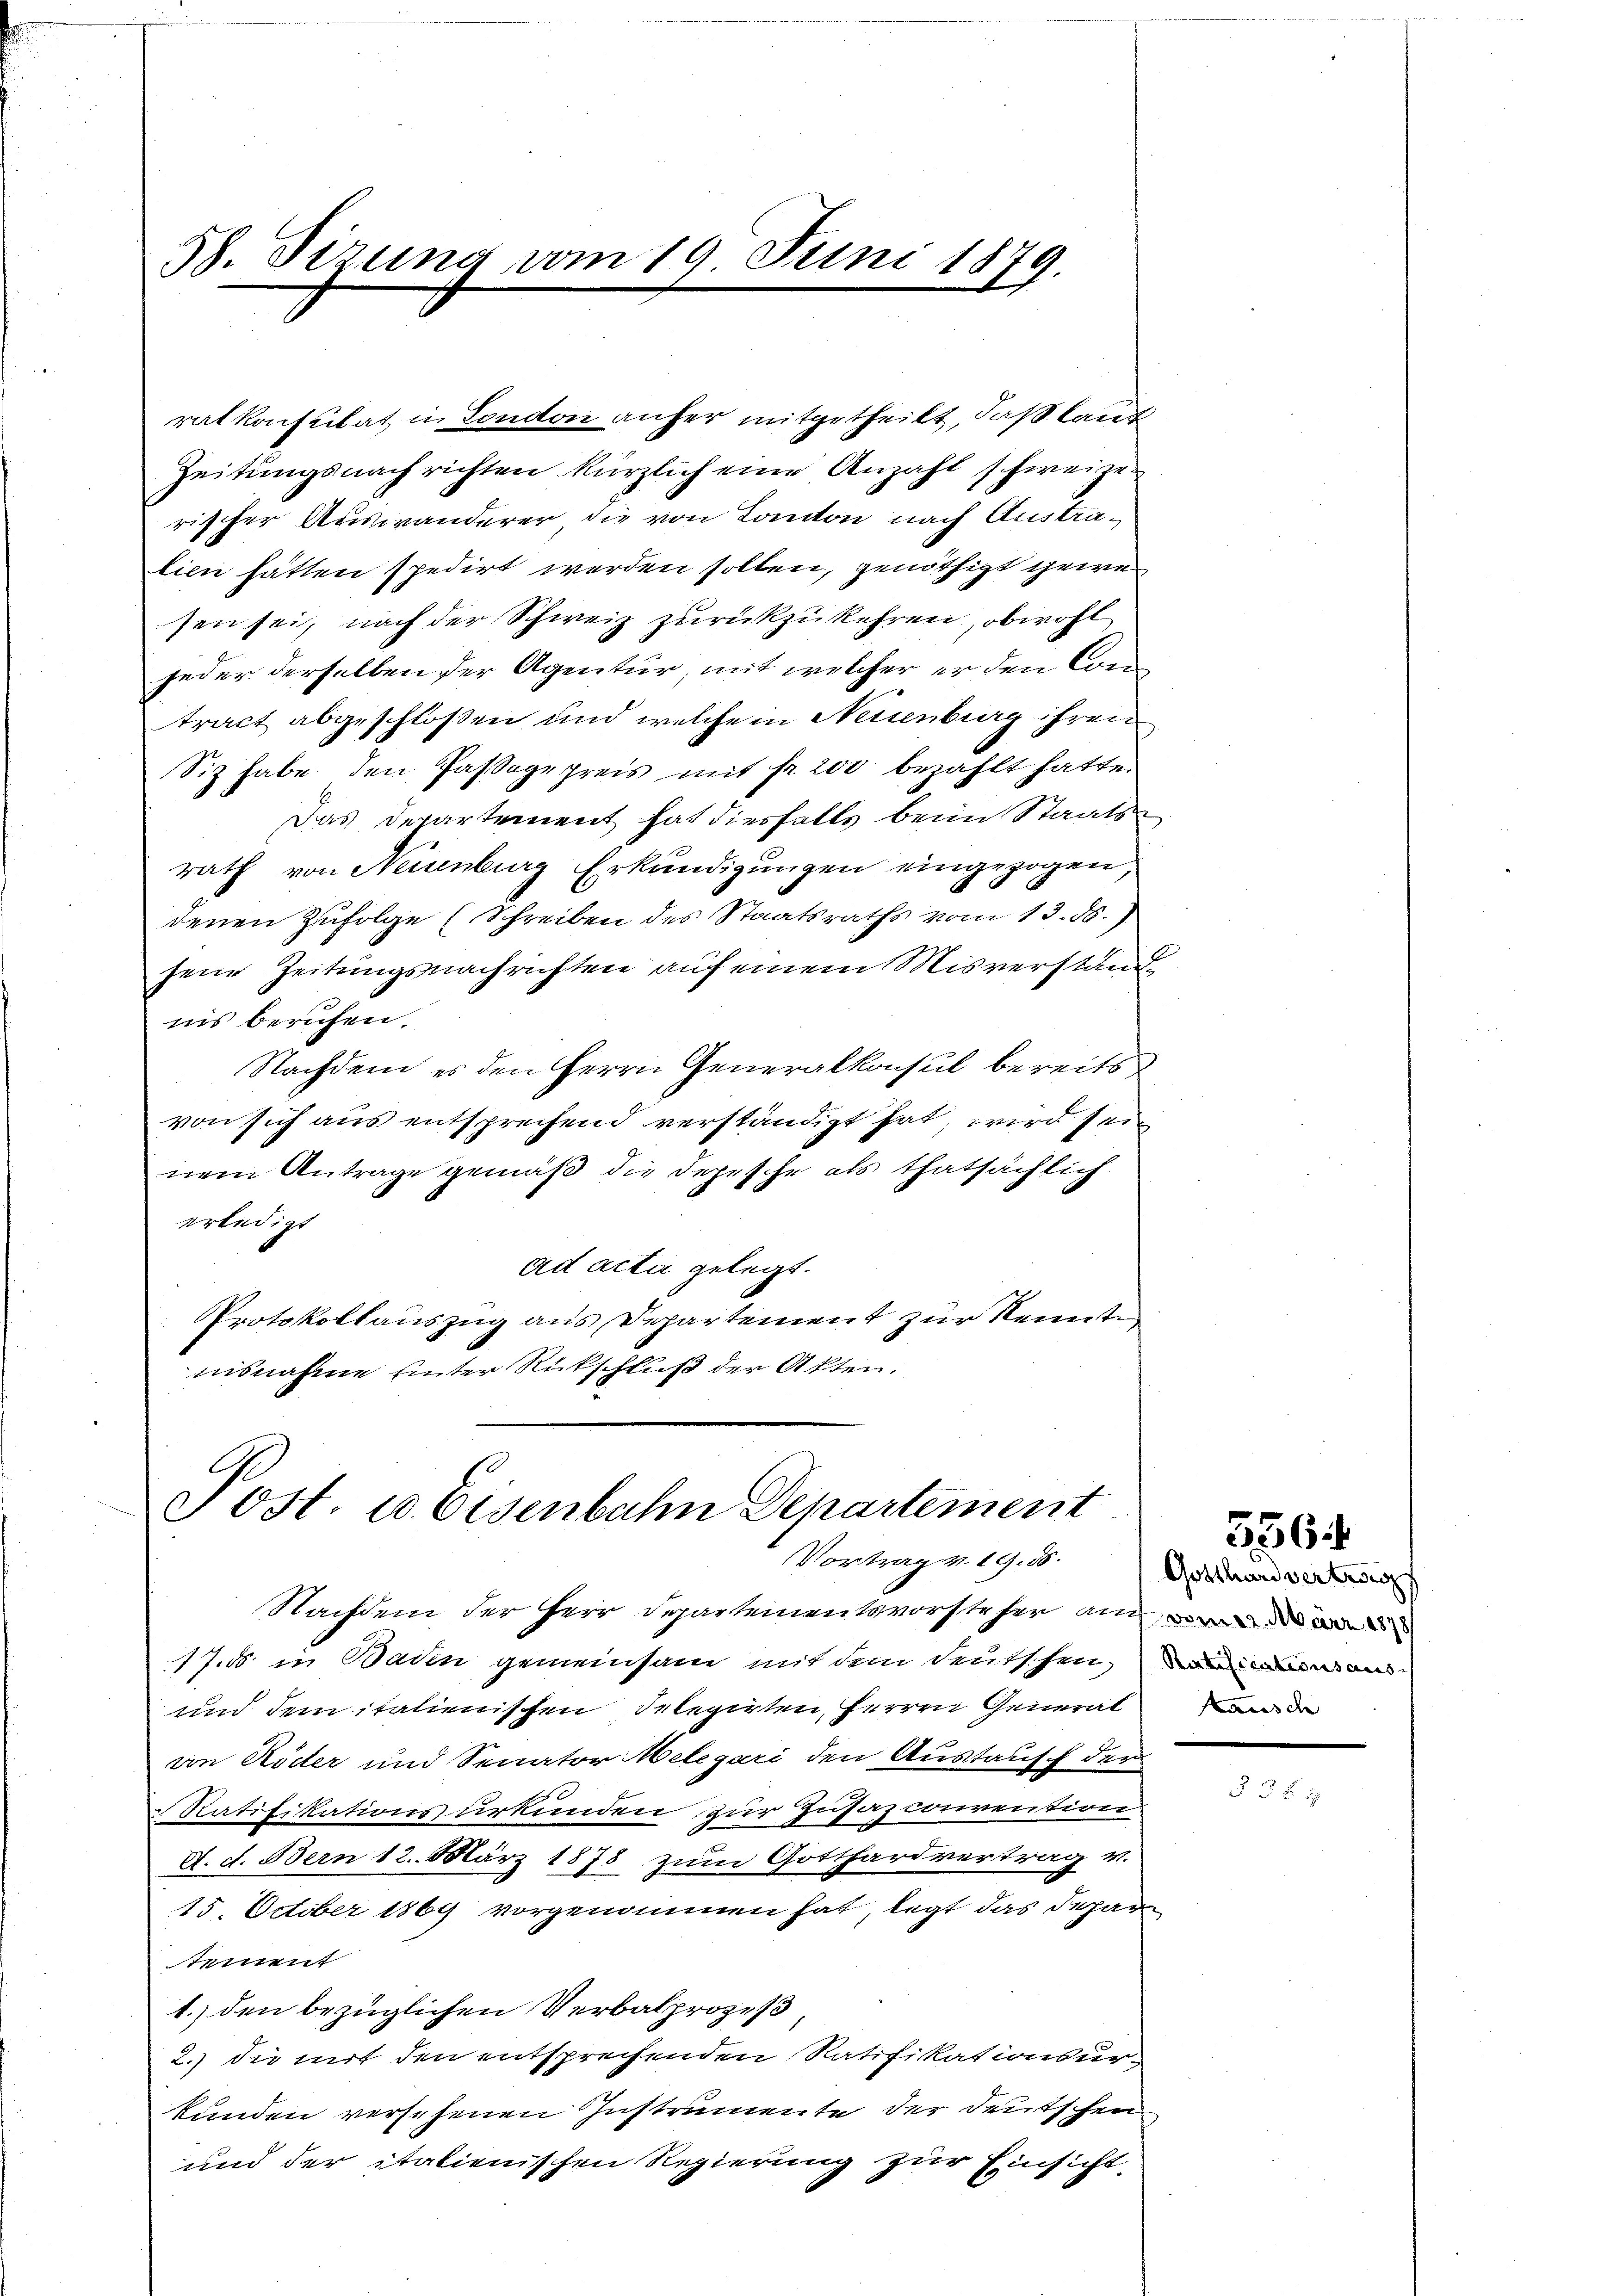
58. Sitzung vom 19. Juni 1879.
x

rat konsulat in London anfer mitgetheilt, daß laut
Zeitungsnachrichten kürzlich eine Anzahl schweize
rischer Auswanderer die von Kanton nach Austrälien hätten spedirt werden sollen, genöthigt gewei
sen sei, nach der Schweiz zurückzukehren, obwohl
jeder derselben der Agentur, mit welcher er den Con
tract abgeschloßen und welche in Neuenburg ihren
Siz habe den Paßogepreis mit fr. 200 bezahlt hatte.
Das Departement hat diesfalls beim Staats-
rath von Neuenburg Erkundigungen eingezogen,
denen Zufolge (Schreiben des Staatsraths vom 13. ds.
sene Zeitungsnachrichten auf einem Misverständ
nis beruhen.
Nachdem es den Herrn Generalkonsul bereits
von sich aus entsprechend verständigt hat, wird sein
nem Antrage gemäß die Depesche als thatsächlich
erledigt
ad acta gelegt.
Protokollauszug aus Departement zur Kennte
nisnahme unter Rückschluß der Akten.

Post u. Eisenbahn Departement
Vortrag v. 19. 85.

Nachdem der Herr Departementsvorsteher ain
17.ds. in Baden gemeinsam mit dem deutschen
und dem italienischen Delegirten, Herren General de
von Röder und Senator Melegari den Austausch der
Ratifikationsurkunden zur Zusazconvention
d. d. Bern 12. März 1878 zum Gotthardvertrag v.
15. October 1869 vorgenommen hat, legt das Departement
1.) den bezüglichen Verbalprozes
2.) die mit den entsprechenden Ratifikationsur-
kunden versehenen Instrumente der deutschen
und der italienischen Regierung zur Einsicht

556

Gotthard vertrag
Ratificationsaus